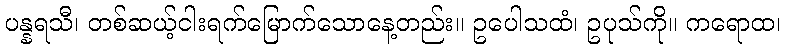
ပန္နရသီ၊ တစ်ဆယ့်ငါးရက်မြောက်သောနေ့တည်း။ ဥပေါသထံ၊ ဥပုသ်ကို။ ကရောထ၊